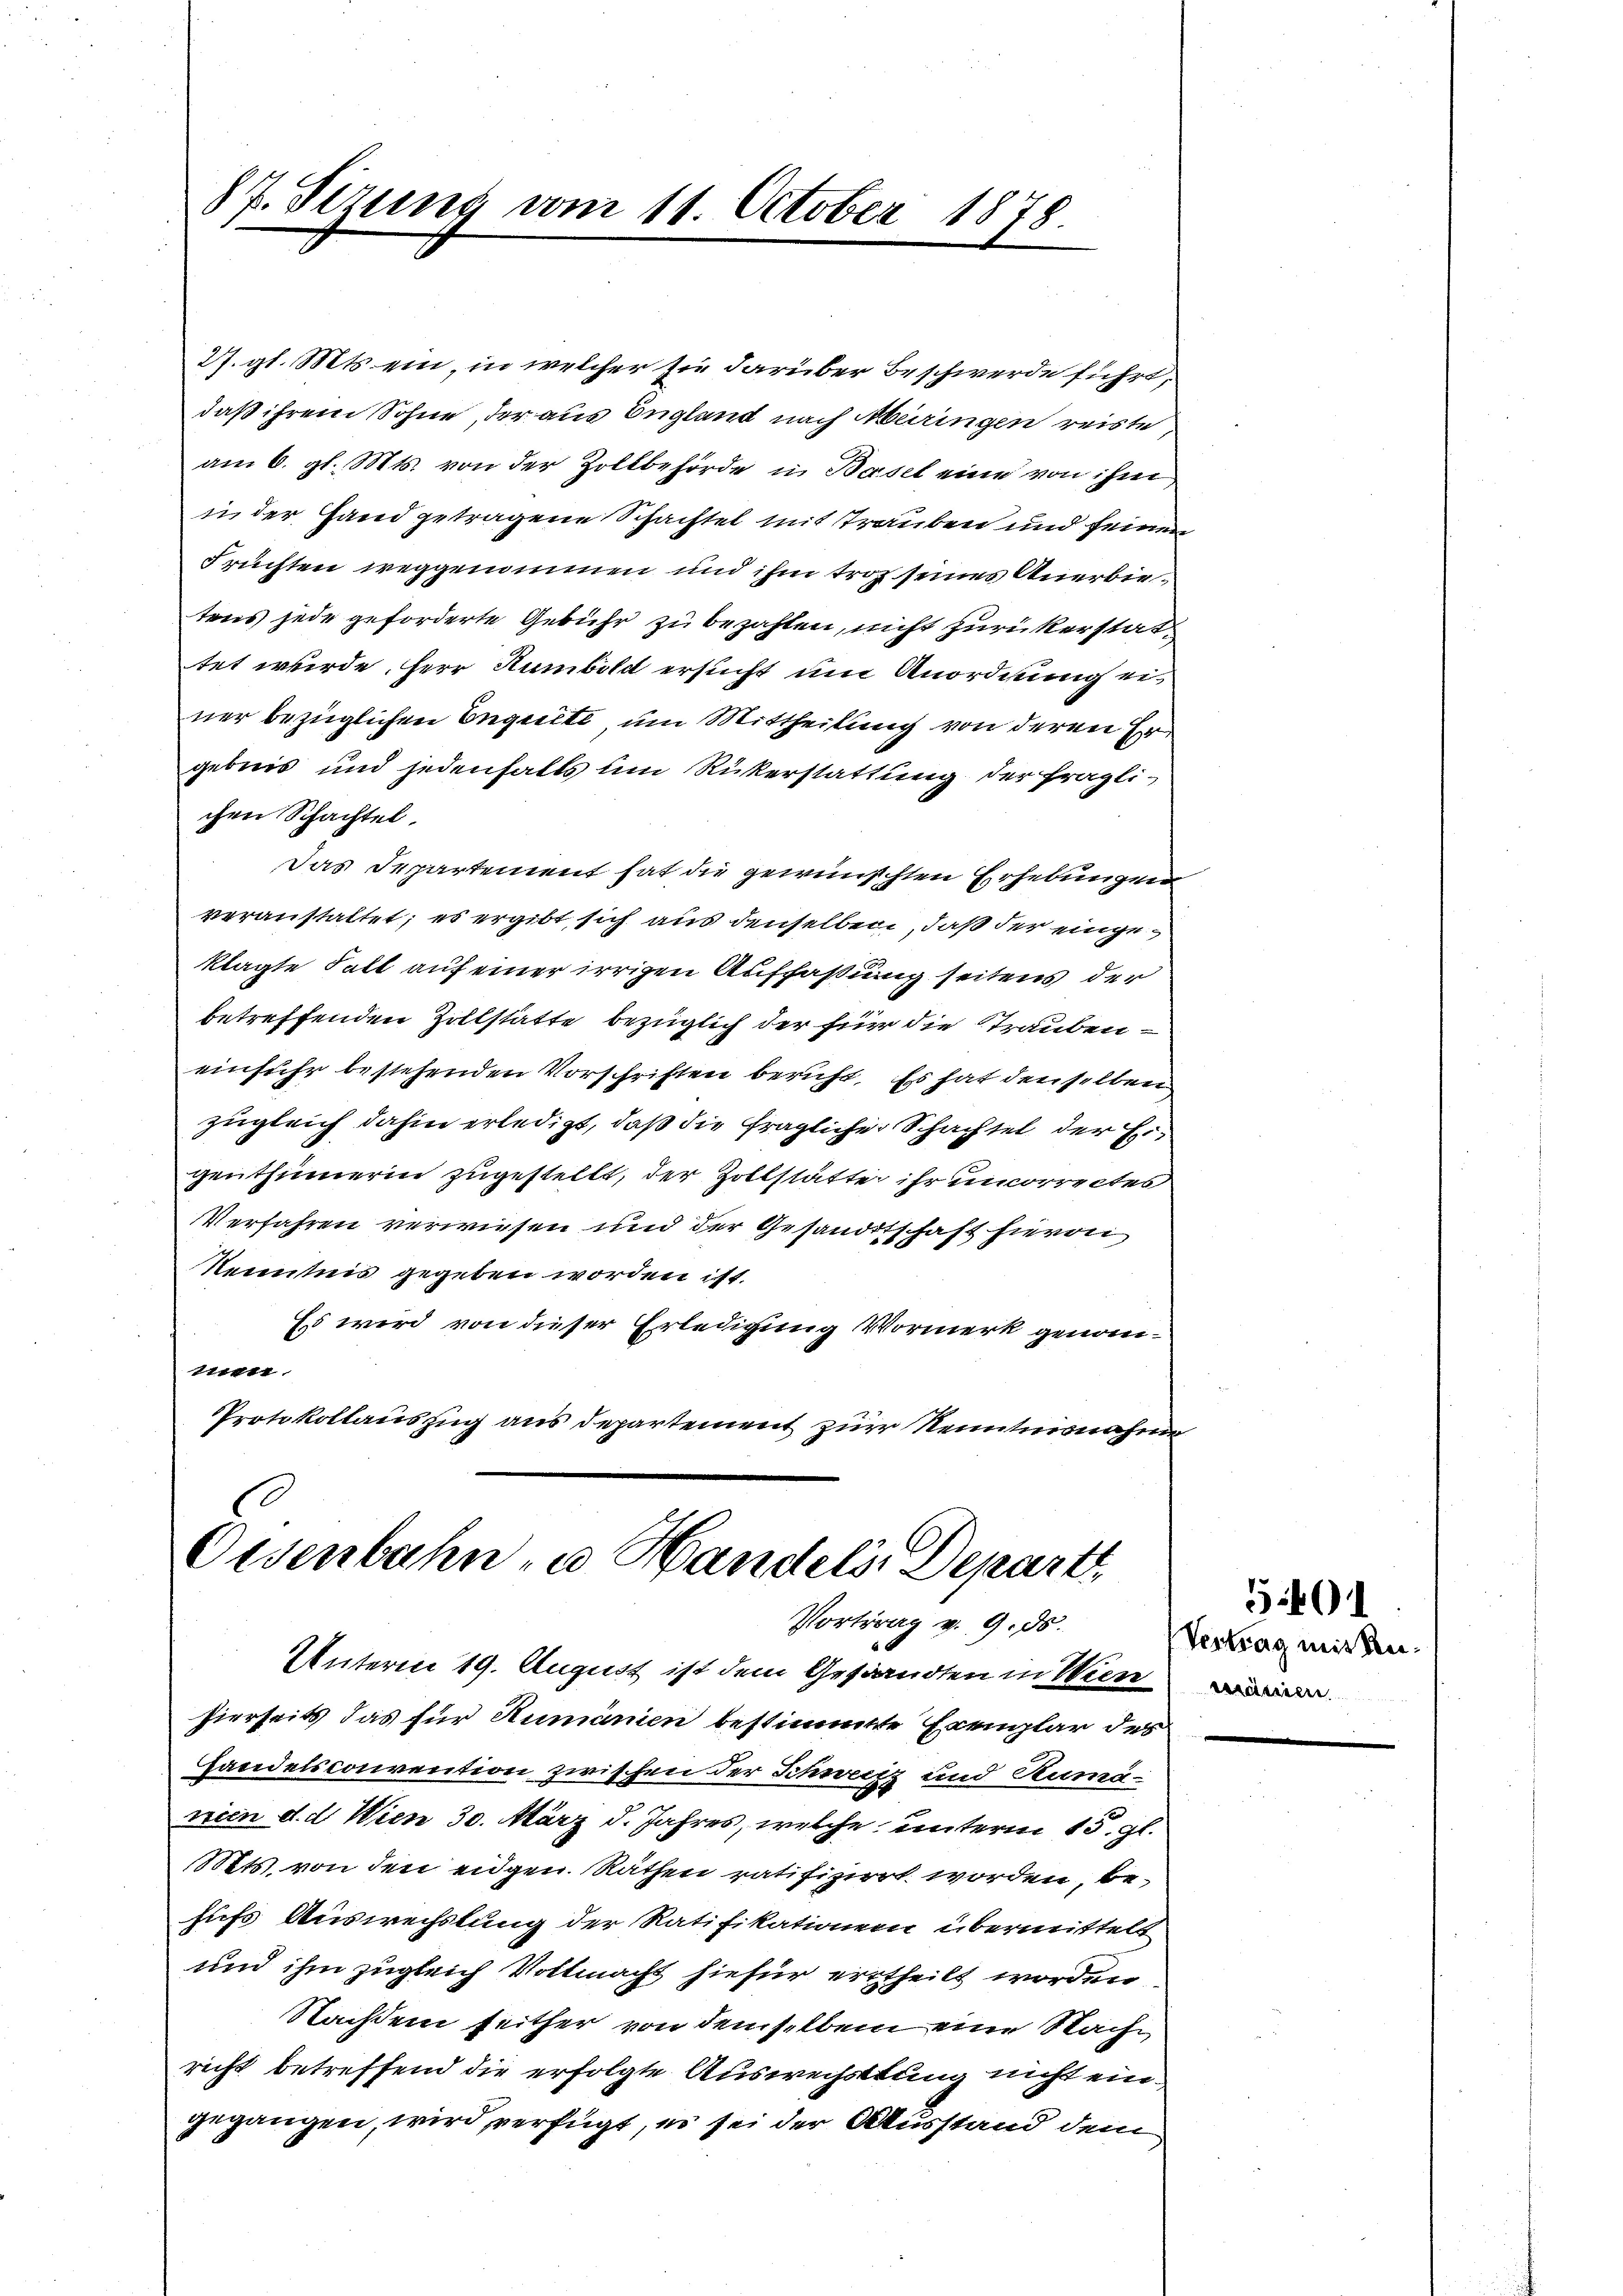
87. Sizung vom 11. October 1878

27. gl. Mts. ein, in welcher sie darüber Beschwerde führt,
daß ihrem Sohne, der aus England nach Meringen reiste
am 6. gl. Mts. von der Zollbehörde in Basel eine von ihm
in der Hand getragene Schachtel mit Trauben und seinen
Früchten weggenommen und ihm troh seines Anerbietens jede geforderte Gebühr zu bezahlen, nicht zurückerstattet wurde Herr Humbold ersucht um Anordnung ei
ner bezüglichen Enguete um Mittheilung von deren Ergebnis und jedenfalls um Rückerstattung der fraglichen Schachtel.
Das Departement hat die gewünschten Erhebungen
veranstattet; es ergibt sich aus denselben, daß der eingeklagte Fall auf einer irrigen Auffaßung seitens der
betreffenden Zollstätte bezüglich der für die Strauben
einfuhr bestehenden Vorschriften beruht. Es hat denselben
zugleich dahin erledigt, daß die fragliche Schachtel der Eigenthümerin zugestellt, der Zollstätte ihr uncorrectes
Verfahren verwiesen und der Gesandtschaft hievon
Kenntnis gegeben worden ist.
Es wird von dieser Erledigung Vormerk genomett
Protokollauszug aus departement zur Kenntnisnahme

Osenbahn, u. Handels Depart
Vortrag v. 9. ds.

Unterm 19. August ist dem Gesandten in Wien
hierseits das für Rumänien bestimmte Exemplar des
handelsconvention zwischen der Schweiz und Rumavrien d. d. Wien 30. März d. Jahres, welche unterm 15. gl.
Mts. von den eidgen. Räthen ratifiziert worden be-
fuchs Auswechslung der Ratifikationen übermittelt
und ihm zugleich Vollmacht hiefür ertheilt worden
Nachdem seither von demselben eine Nache,
richt betreffend die erfolgte Auswechstung nicht eingegangen, wird verfügt, es sei der Ausstand dem

Vertrag mit keisräumen

5401